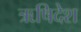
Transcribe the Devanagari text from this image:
ऋषिदेश